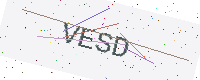
Text: VESD